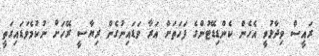
ރައީސް ވިދާޅުވީ އެހެން ކެންޑިޑޭޓުންގެ ފަހަތަށް އަރާ ވަޑައިނުގެން ރިޔާސީ ރޭހަށް ނުކުމެވަޑައިގަތީ